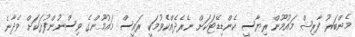
މެންބަރު ފާރިޝް މައުމޫން ރިޔާސީ ކެންޑިޑޭޓަކަށް ނެރެދެއްކެވުމަކީ ރައީސް މައުމޫންގެ ވިސްނުންފުޅަކަށް ވެދާނެ